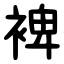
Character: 裨